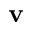
\bf { v }